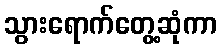
သွားရောက်တွေ့ဆုံကာ